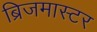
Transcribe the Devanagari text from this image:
ब्रिजमास्टर